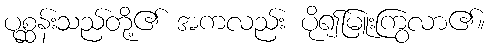
ပုစ္ဆန်းသည်တို့၏ အကလည်း ပို၍မြူးကြွလာ၏။